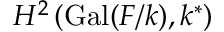
H ^ { 2 } \left( \operatorname { G a l } ( F / k ) , k ^ { * } \right)